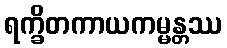
ရက္ခိတကာယကမ္မန္တဿ